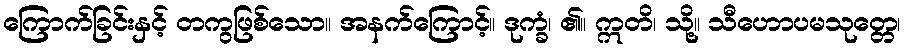
ကြောက်ခြင်းနှင့် တကွဖြစ်သော။ အနက်ကြောင့်။ ဒုက္ခံ၊ ၏။ ဣတိ၊ သို့။ သီဟောပမသုတ္တေ၊